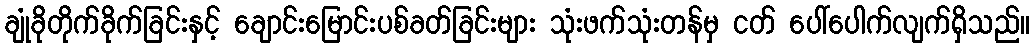
ချုံခိုတိုက်ခိုက်ခြင်းနှင့် ချောင်းမြောင်းပစ်ခတ်ခြင်းများ သုံးဖက်သုံးတန်မှ ငတ် ပေါ်ပေါက်လျက်ရှိသည်။